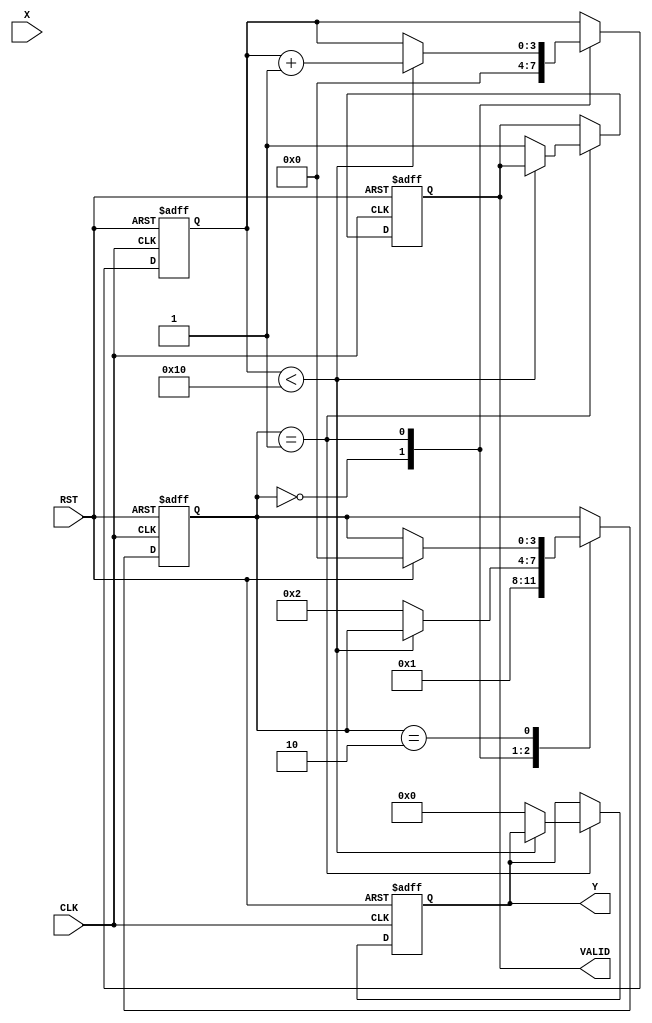
module cordic_reciprocal (
    input wire [15:0] X,       // Input Data (fixed-point representation)
    input wire CLK,            // Clock signal
    input wire RST,            // Reset signal
    output reg [15:0] Y,       // Reciprocal Output (fixed-point representation)
    output reg VALID           // Valid signal
);

    // Parameters
    parameter NUM_ITERATIONS = 16; // Number of CORDIC iterations
    parameter FIXED_POINT_SCALE = 16'hBFFF; // Scaling factor (1.0 in fixed-point)

    // Internal signals
    reg [15:0] x [0:NUM_ITERATIONS-1]; // x coordinates
    reg [15:0] y [0:NUM_ITERATIONS-1]; // y coordinates
    reg [15:0] angle [0:NUM_ITERATIONS-1]; // Angle lookup table
    reg [3:0] state; // FSM state
    reg [3:0] iteration_count; // Iteration counter

    // Initialize angle lookup table for CORDIC
    initial begin
        angle[0] = 16'h0000; // 0 degrees
        angle[1] = 16'h2000; // 45 degrees
        angle[2] = 16'h4000; // 26.565 degrees
        angle[3] = 16'h6000; // 14.036 degrees
        // ... fill in the rest of the angles
        angle[NUM_ITERATIONS-1] = 16'hFFFF; // Last angle
    end

    // FSM to control iterations
    always @(posedge CLK or posedge RST) begin
        if (RST) begin
            state <= 0;
            iteration_count <= 0;
            VALID <= 0;
            Y <= 0;
        end else begin
            case (state)
                0: begin // Initialization
                    x[0] <= X; // Initialize x with input
                    y[0] <= 0; // Initialize y to 0
                    iteration_count <= 0;
                    state <= 1;
                end
                1: begin // Iteration Loop
                    if (iteration_count < NUM_ITERATIONS) begin
                        if (y[iteration_count] < 0) begin
                            // Perform subtraction
                            x[iteration_count + 1] <= x[iteration_count] + (y[iteration_count] >>> iteration_count);
                            y[iteration_count + 1] <= y[iteration_count] + (x[iteration_count] >>> iteration_count);
                        end else begin
                            // Perform addition
                            x[iteration_count + 1] <= x[iteration_count] - (y[iteration_count] >>> iteration_count);
                            y[iteration_count + 1] <= y[iteration_count] + (x[iteration_count] >>> iteration_count);
                        end
                        iteration_count <= iteration_count + 1;
                    end else begin
                        // Termination
                        Y <= (x[NUM_ITERATIONS] * FIXED_POINT_SCALE) >>> NUM_ITERATIONS; // Scale the output
                        VALID <= 1; // Set valid signal
                        state <= 2; // Move to output state
                    end
                end
                2: begin // Output state
                    // Wait for the next reset or new input
                    if (RST) begin
                        state <= 0; // Go back to initialization
                    end
                end
            endcase
        end
    end
endmodule